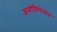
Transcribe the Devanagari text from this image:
असोसियेसाव